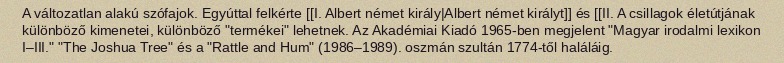
A változatlan alakú szófajok. Egyúttal felkérte [[I. Albert német király|Albert német királyt]] és [[II. A csillagok életútjának különböző kimenetei, különböző "termékei" lehetnek. Az Akadémiai Kiadó 1965-ben megjelent "Magyar irodalmi lexikon I–III." "The Joshua Tree" és a "Rattle and Hum" (1986–1989). oszmán szultán 1774-től haláláig.